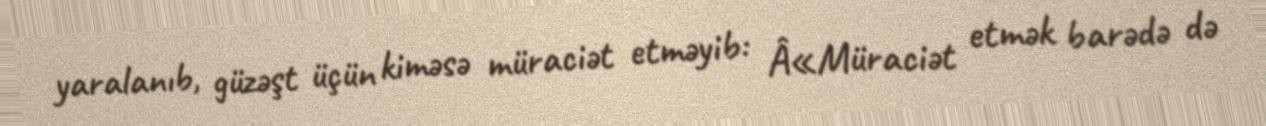
yaralanıb, güzəşt üçün kiməsə müraciət etməyib: Â«Müraciət etmək barədə də